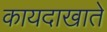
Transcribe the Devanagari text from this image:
कायदाखाते